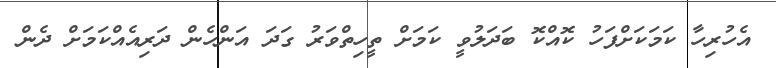
އެހުރިހާ ކަމަކަށްފަހު ކޮއްކޮ ބަދަލުވީ ކަމަށް ތީހިތްވަރު ގަދަ އަންހެން ދަރިއެއްކަމަށް ދެން